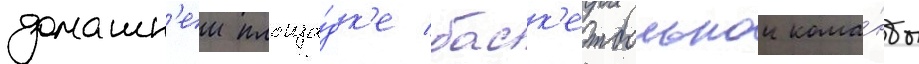
домашн'еи площа́дк'е баск'етбольнои кома́нды